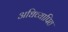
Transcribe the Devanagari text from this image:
अधिव्यापित